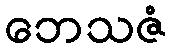
ဘေသဇံ